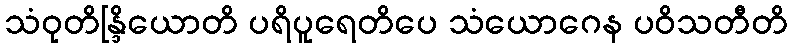
သံဝုတိန္ဒြိယောတိ ပရိပူရေတိပေ သံယောဂေန ပဝိသတီတိ